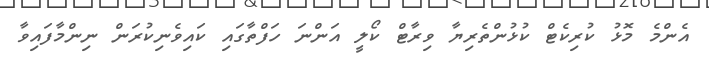
އެންމެ މޮޅު ކުރިކެޓް ކުޅުންތެރިޔާ ވިރާޓް ކޯލީ އަންނަ ހަފްތާގައި ކައިވެނިކުރަން ނިންމާފައިވާ